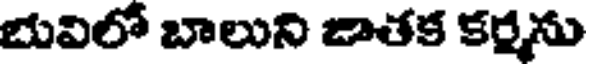
భువిలో బాలుని జాతక కర్మసు